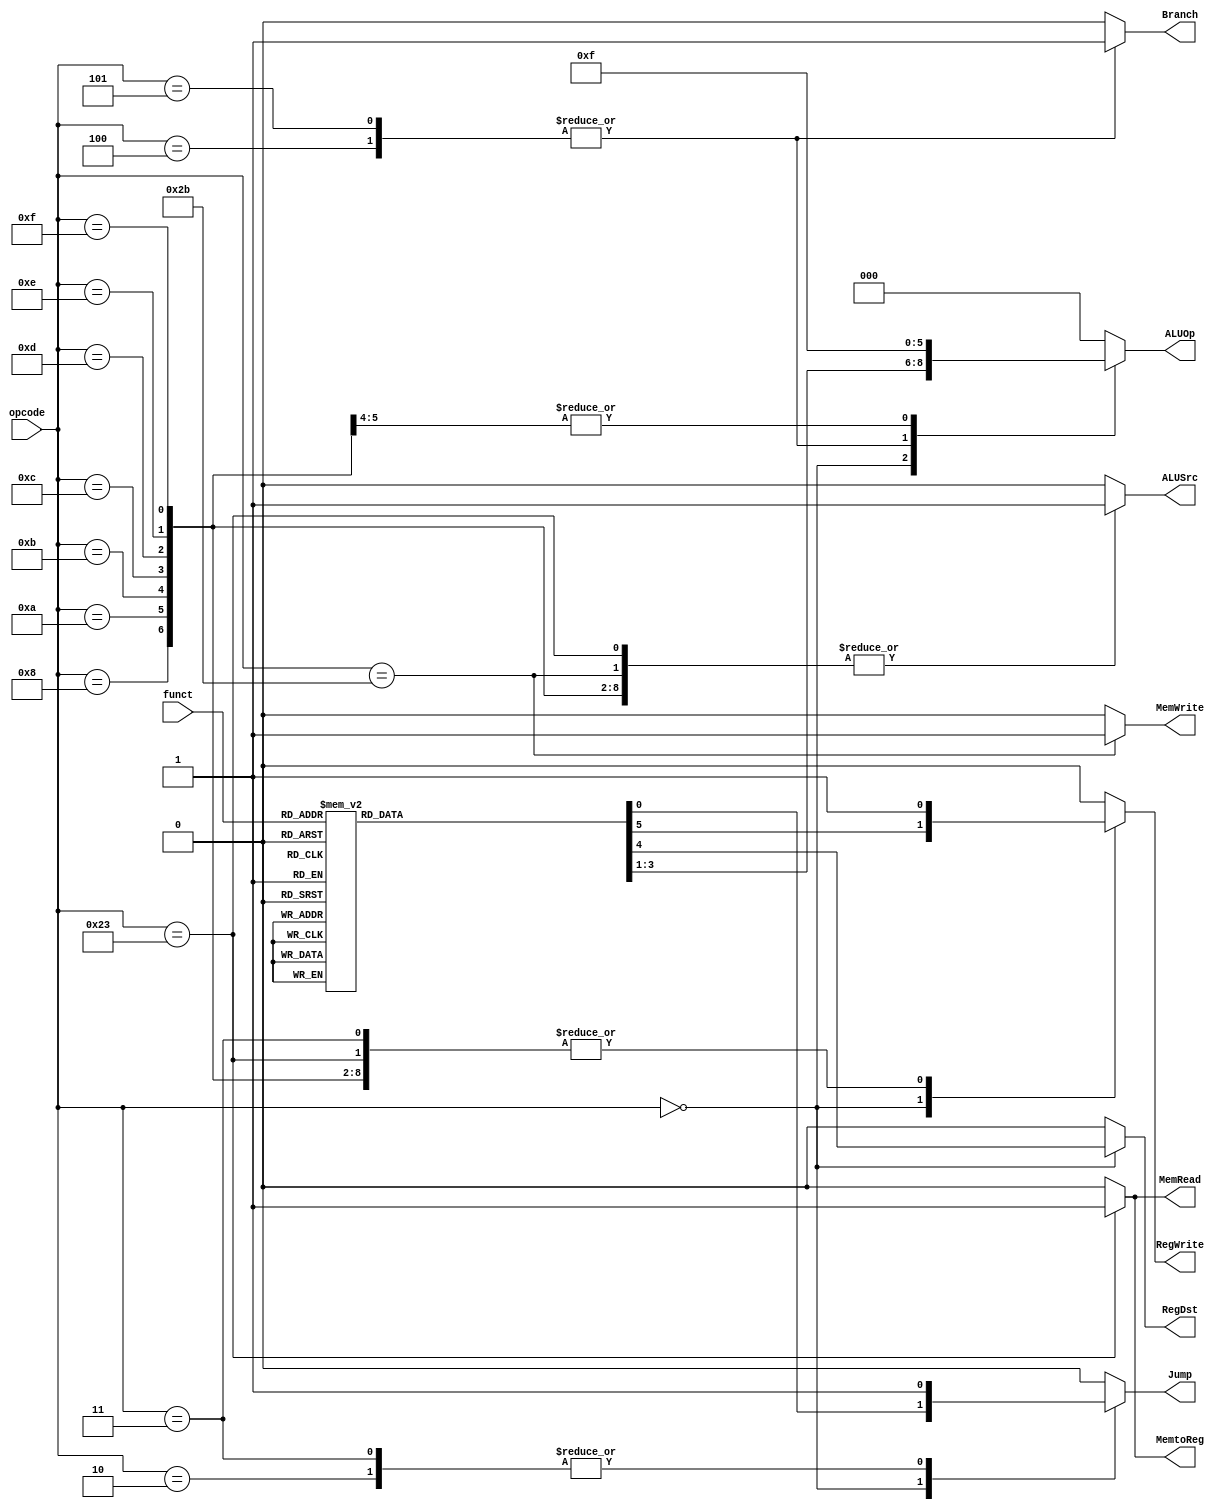
/*
UFRPE - Universidade Federal Rural de Pernambuco
DC - Bacharelado em Cincia da Computao
Arquitetura e Organizao de Computadores - 2022.2

Projeto 02 - Implementao de MIPS (subconjunto da ISA) em Verilog

Aluno(s): Arthur Macedo, Aildson Ferreira
*/

module ctrl(
	input [5:0] opcode,	// OPCODE da instruo
	input [5:0] funct,	// Funct code para instrues do tipo R
	
	// Sinais de controle
	output reg [2:0] ALUOp,		// Operao da ULA
	output reg ALUSrc,			// Seleciona a segunda entrada da ALU
	output reg RegDst,			// Determina qual registrador ser escrito
	output reg RegWrite,			// Habilita a escrita no banco de registradores
	output reg MemtoReg,			// Seleciona o local do dado que ser escrito no banco de registradores	
	output reg MemRead,			// Habilita a leitura da memria de dados
	output reg MemWrite,			// Habilita a escrita na memria de dados
	output reg Branch,			// Habilita desvio (condicional)
	output reg Jump				// Habilita desvio (incondicional)
);

	always @(opcode, funct) begin
		// Inicializa os registradores, atribundo zero a todos eles
		ALUOp	= 3'b000;
		RegDst	= 1'b0;
		ALUSrc	= 1'b0;
		MemtoReg = 1'b0;
		RegWrite = 1'b0;
		MemRead	= 1'b0;
		MemWrite = 1'b0;
		Branch	= 1'b0;
		Jump		= 1'b0;

		case (opcode)
			// Instrues do tipo R
			6'b000000: begin
				case (funct)
					6'b000000: begin	// sll
						ALUOp		= 3'b100;
						RegDst	= 1'b1;
						RegWrite = 1'b1;
					end
					
					6'b000010: begin	//	srl
						ALUOp		= 3'b101;
						RegDst	= 1'b1;
						RegWrite = 1'b1;
					end
					
					6'b000011: begin	//	sra
						ALUOp		= 3'b110;
						RegDst	= 1'b1;
						RegWrite = 1'b1;
					end
					
					6'b000100: begin	//	sllv
						ALUOp		= 3'b100;
						RegDst	= 1'b1;
						RegWrite = 1'b1;
					end
					
					6'b000110: begin	// srlv
						ALUOp		= 3'b101;
						RegDst	= 1'b1;
						RegWrite = 1'b1;
					end
					
					6'b000111: begin	//	srav
						ALUOp		= 3'b110;
						RegDst	= 1'b1;
						RegWrite = 1'b1;
					end
					
					6'b001000: begin	// jr
						Jump = 1'b1;
					end
					
					6'b100000: begin	// add
						ALUOp		= 3'b010;
						RegDst	= 1'b1;
						RegWrite = 1'b1;
					end
					
					6'b100010: begin	//	sub
						ALUOp		= 3'b011;
						RegDst	= 1'b1;
						RegWrite = 1'b1;
					end
					
					6'b100100: begin	//	and
						ALUOp		= 3'b000;
						RegDst	= 1'b1;
						RegWrite = 1'b1;
					end
					
					6'b100101: begin	//	or
						ALUOp		= 3'b000;
						RegDst	= 1'b1;
						RegWrite = 1'b1;
					end
					
					6'b100110: begin	//	xor
						ALUOp		= 3'b000;
						RegDst	= 1'b1;
						RegWrite = 1'b1;
					end
					
					6'b100111: begin	//	nor
						ALUOp		= 3'b000;
						RegDst	= 1'b1;
						RegWrite = 1'b1;
					end
					
					6'b101010: begin	//	slt
						ALUOp		= 3'b111;
						RegDst	= 1'b1;
						RegWrite = 1'b1;
					end
					
					6'b101011: begin	//	sltu
						ALUOp		= 3'b111;
						RegDst	= 1'b1;
						RegWrite = 1'b1;
					end
					
					default: ALUOp = 3'b000;
					
				endcase
			end
			
			// Instrues do tipo I
			6'b000100: begin	//	beq
				ALUOp		= 3'b001;
				Branch	= 1'b1;
			end
			
			6'b000101: begin	//	bne
				ALUOp		= 3'b001;
				Branch	= 1'b1;
			end
			
			6'b001000: begin	//	addi
				ALUOp		= 3'b000;
				ALUSrc 	= 1'b1;
				RegWrite = 1'b1;
			end
			
			6'b001010: begin	//	slti
				ALUOp		= 3'b111;
				ALUSrc	= 1'b1;
				RegWrite = 1'b1;
			end
			
			6'b001011: begin	//	sltiu
				ALUOp		= 3'b111;
				ALUSrc	= 1'b1;
				RegWrite = 1'b1;
			end
			
			6'b001100: begin	//	andi
				ALUOp		= 3'b000;
				ALUSrc	= 1'b1;
				RegWrite = 1'b1;
			end
			
			6'b001101: begin	//	ori
				ALUOp		= 3'b000;
				ALUSrc	= 1'b1;
				RegWrite = 1'b1;
			end
			
			6'b001110: begin	//	xori
				ALUOp		= 3'b000;
				ALUSrc	= 1'b1;
				RegWrite = 1'b1;
			end
			
			6'b001111: begin	//	lui
				ALUOp		= 3'b000;
				ALUSrc	= 1'b1;
				RegWrite = 1'b1;
			end
			
			6'b100011: begin	//	lw
				ALUOp		= 3'b000;
				ALUSrc	= 1'b1;
				MemtoReg = 1'b1;
				RegWrite = 1'b1;
				MemRead	= 1'b1;
			end
			
			6'b101011: begin	//	sw
				ALUOp		= 3'b000;
				ALUSrc	= 1'b1;
				MemWrite = 1'b1;
			end
			
			// Instrues do tipo J
			6'b000010: begin	//	j
				Jump = 1'b1;
			end
			
			6'b000011: begin	//	jal
				Jump = 1'b1;
				RegWrite = 1'b1;
			end
			
			default: ALUOp = 3'b000;
			
		endcase
	end

endmodule